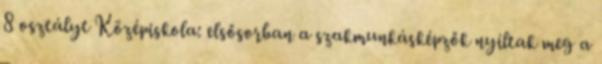
8 osztályt Középiskola: elsősorban a szakmunkásképzők nyíltak meg a